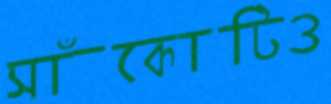
সাঁকোটিও